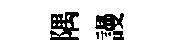
隅謾